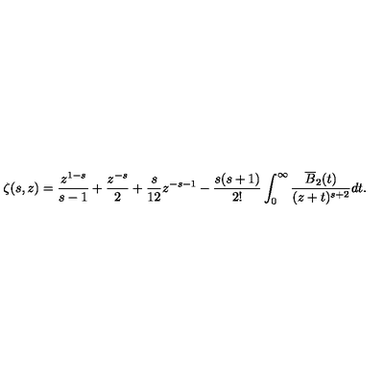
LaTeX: \zeta ( s , z ) = \frac { z ^ { 1 - s } } { s - 1 } + \frac { z ^ { - s } } { 2 } + \frac { s } { 1 2 } z ^ { - s - 1 } - \frac { s ( s + 1 ) } { 2 ! } \int _ { 0 } ^ { \infty } \frac { \overline { { B } } _ { 2 } ( t ) } { ( z + t ) ^ { s + 2 } } d t .